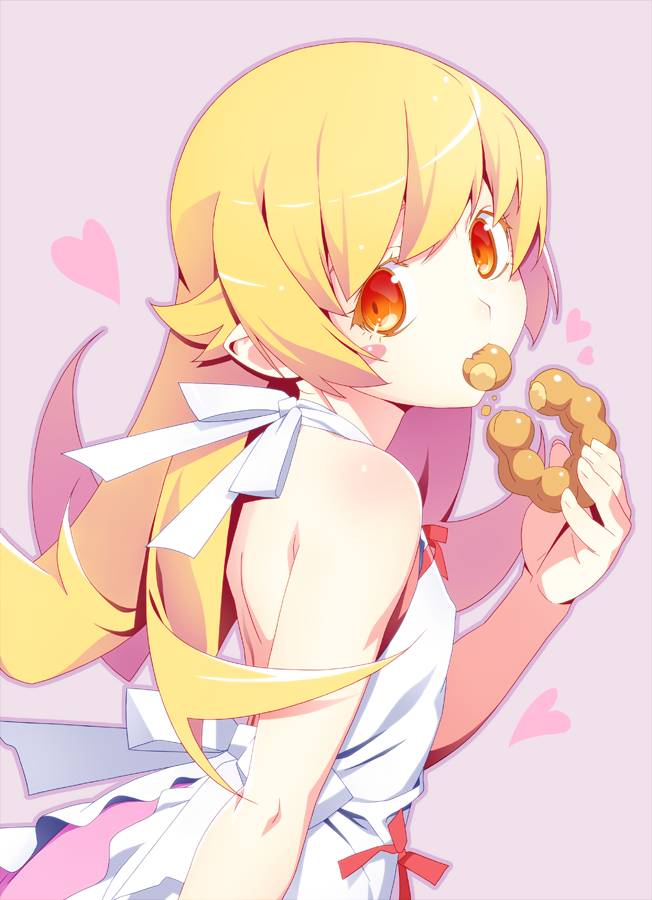
志忍私，然后能公行忍情性，然后能修